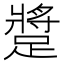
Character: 𨄚